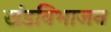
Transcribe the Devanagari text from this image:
खंडविभाजन